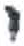
אות: י